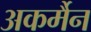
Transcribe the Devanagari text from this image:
अकर्मैन